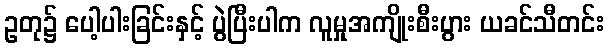
ဥတု၌ ပေါ့ပါးခြင်းနှင့် ပွဲပြီးပါက လူမှုအကျိုးစီးပွား ယခင်သီတင်း